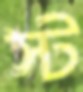
স্ট